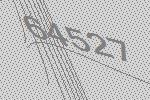
64527